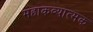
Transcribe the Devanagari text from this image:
महाकव्यात्मक